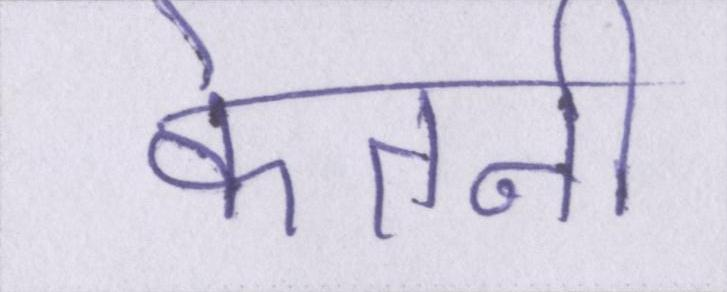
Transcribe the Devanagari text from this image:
केतनी